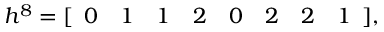
h ^ { 8 } = [ \begin{array} { c c c c c c c c } { { 0 } } & { { 1 } } & { { 1 } } & { { 2 } } & { { 0 } } & { { 2 } } & { { 2 } } & { { 1 } } \end{array} ] ,